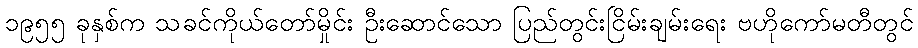
၁၉၅၅ ခုနှစ်က သခင်ကိုယ်တော်မှိုင်း ဦးဆောင်သော ပြည်တွင်းငြိမ်းချမ်းရေး ဗဟိုကော်မတီတွင်